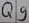
Text: Q9